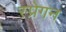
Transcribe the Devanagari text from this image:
स्प्रेगन